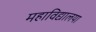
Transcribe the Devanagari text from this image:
महाविद्यालया